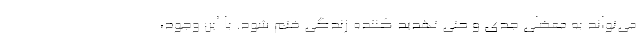
می‌تواند به معضلی جدی و حتی تهدید کننده زندگی ختم شود. با این وجود،